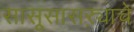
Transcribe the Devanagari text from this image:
सासूसासऱ्याचे